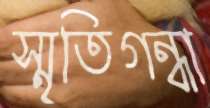
স্মৃতিগন্ধা